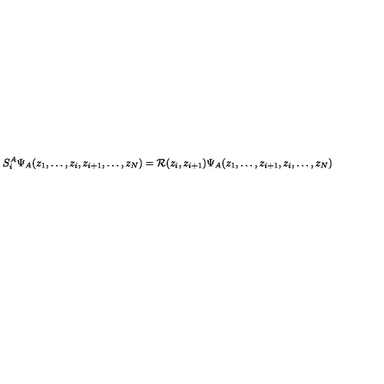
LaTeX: S _ { i } ^ { A } \Psi _ { A } ( z _ { 1 } , \dots , z _ { i } , z _ { i + 1 } , \dots , z _ { N } ) = { \cal R } ( z _ { i } , z _ { i + 1 } ) \Psi _ { A } ( z _ { 1 } , \dots , z _ { i + 1 } , z _ { i } , \dots , z _ { N } )